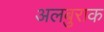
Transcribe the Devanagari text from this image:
अलबुराक